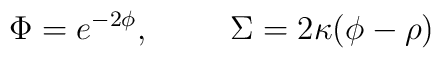
\Phi = e^{-2 \phi}, \hskip1cm \Sigma = 2 \kappa (\phi - \rho)